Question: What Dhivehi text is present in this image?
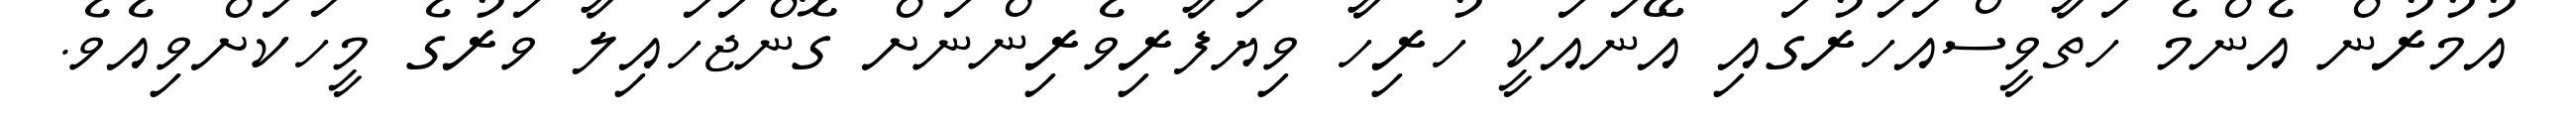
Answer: އުމުރުން އެންމެ ހަތާވީސްއަހަރުގައި އޭނައަކީ ހުރިހާ ވިޔަފާރިވެރިންނަށް ގޮންޖަހައިލާ ވަރުގެ މީހަކަށްވިއެވެ.